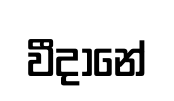
වීදානේ